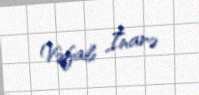
Vəfalı İnarə